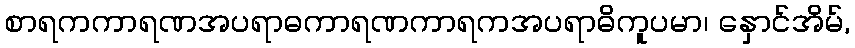
စာရကကာရဏအပရာဓကာရဏကာရကအပရာဓိကူပမာ၊ နှောင်အိမ်,